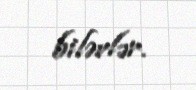
bilərlər.